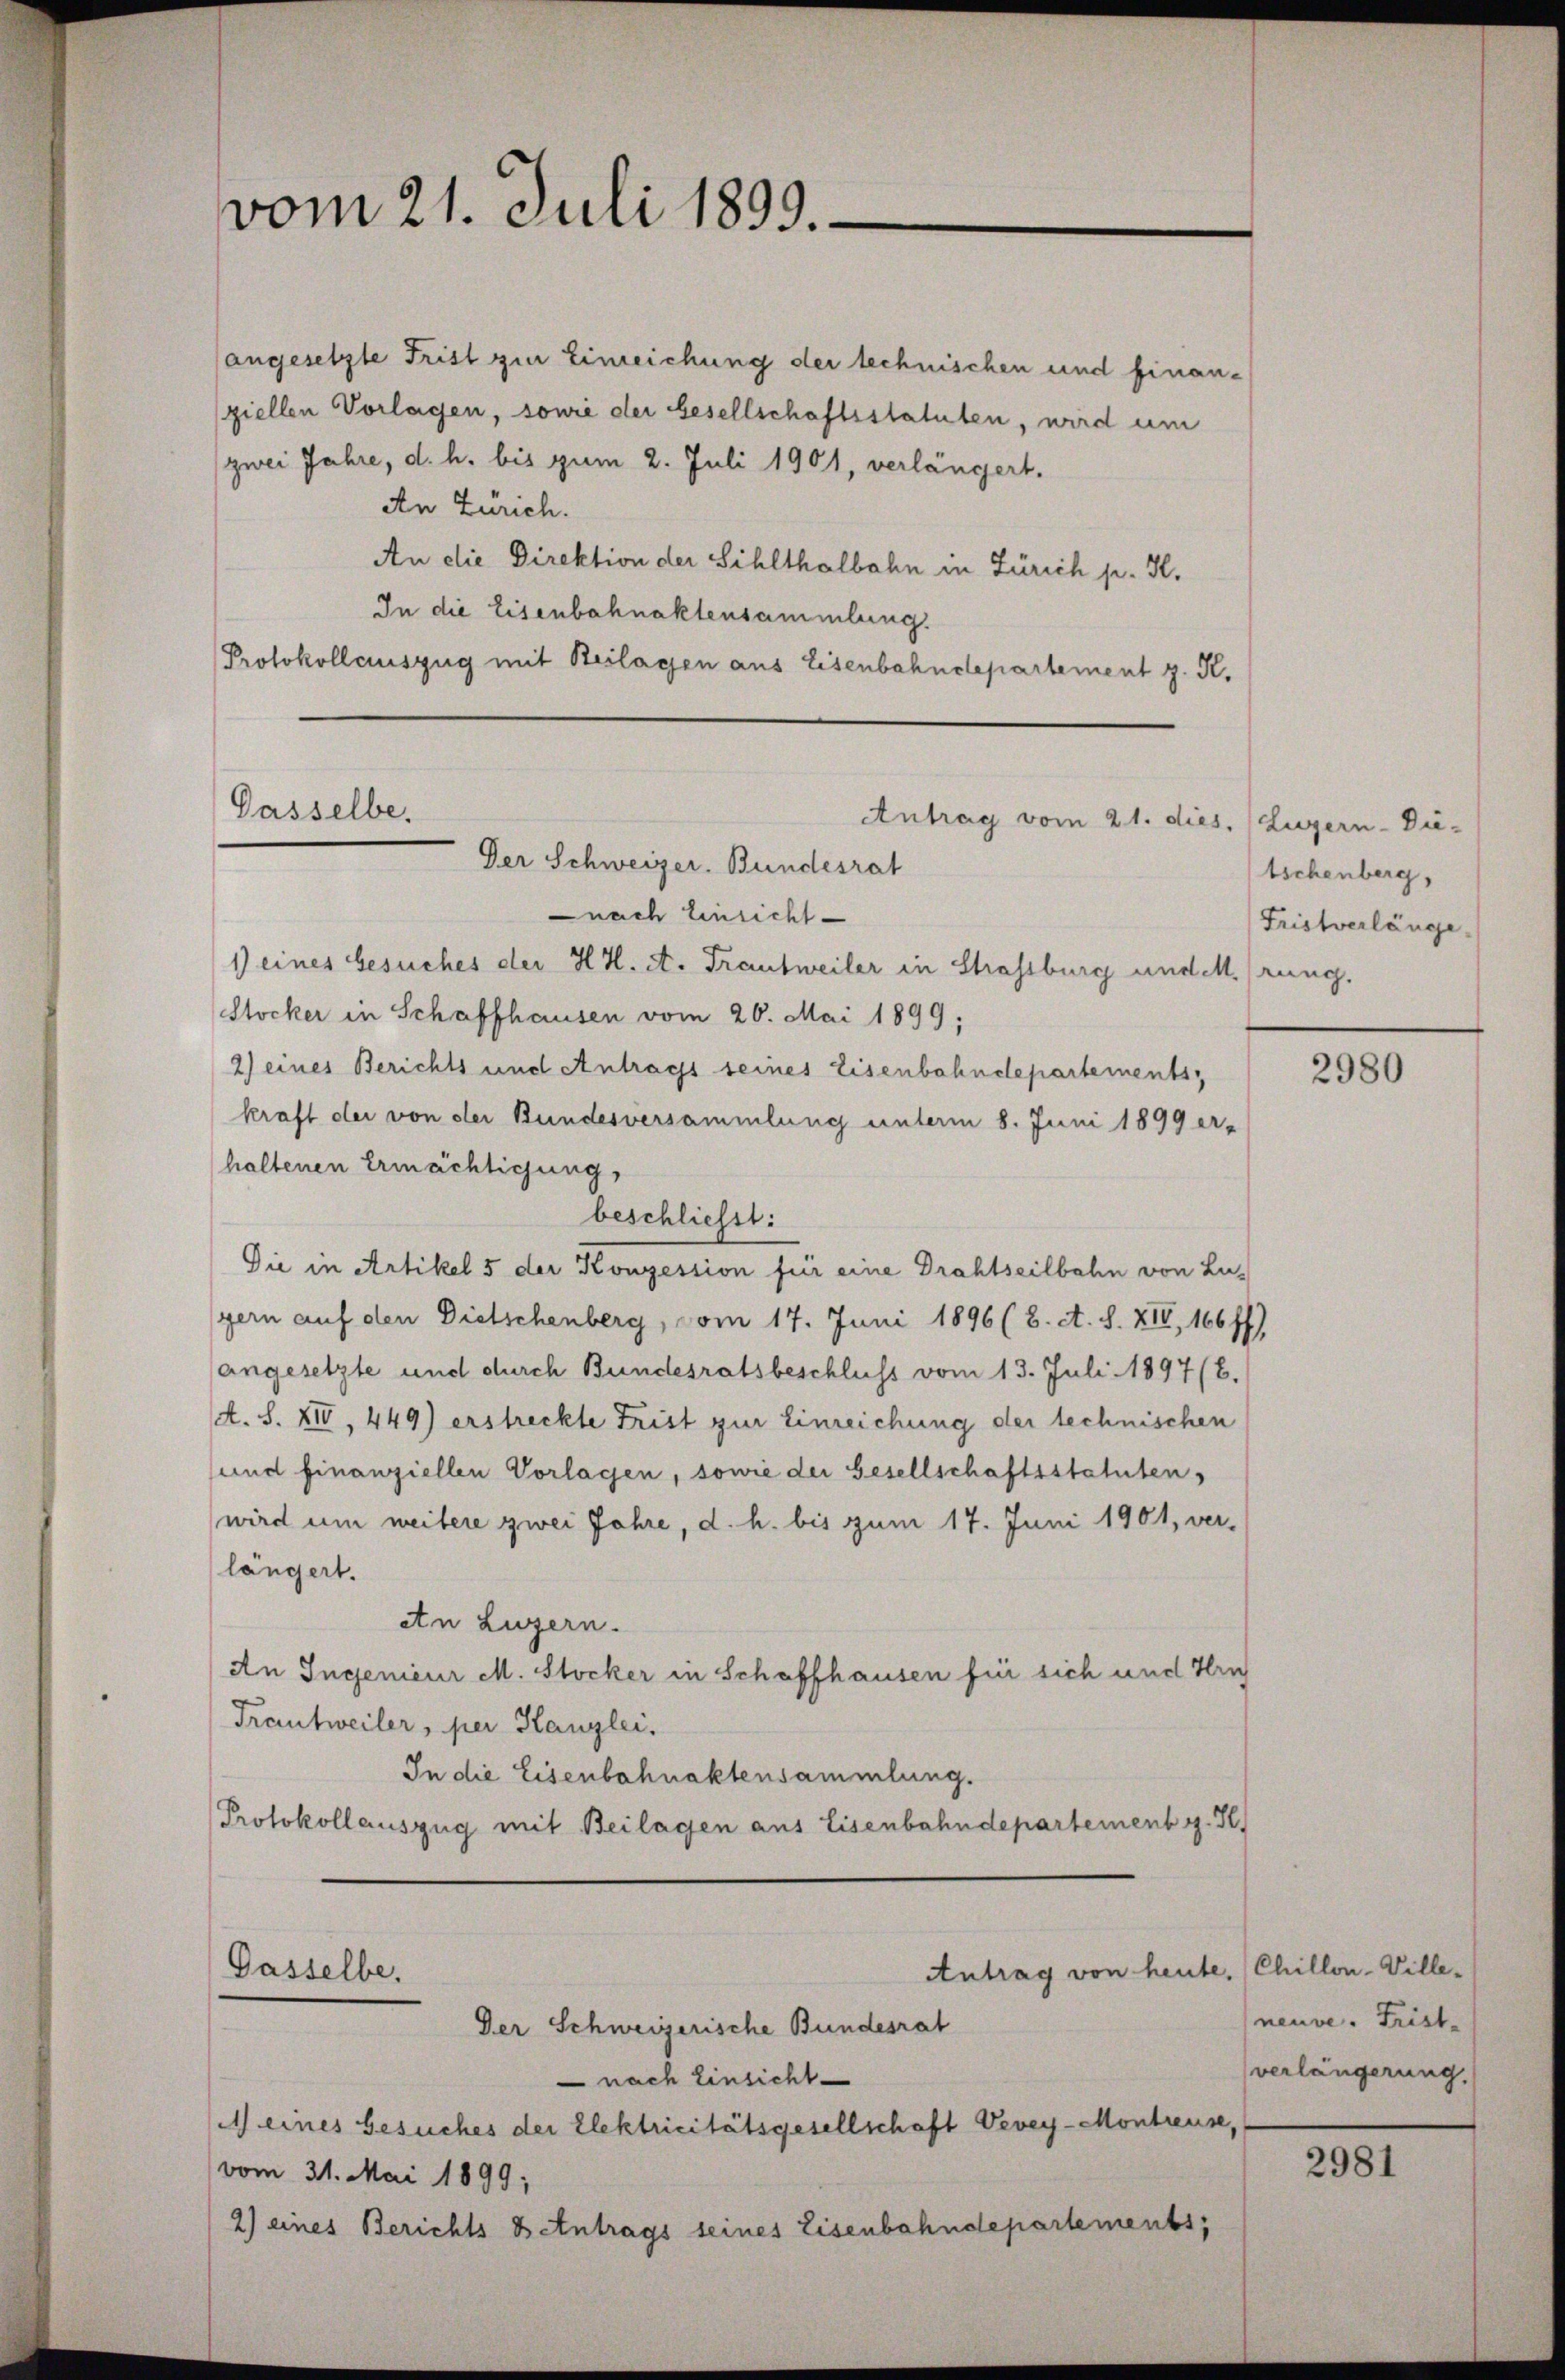
angesetzte Frist zur Einreichung der technischen und finanziellen Vorlagen, sowie der Gesellschaftsstatuten, wird um
zwei Jahre, d. h. bis zum 2. Juli 1901, verlängert.
An Zürich.
An die Direktion der Sihlthalbahn in Zürich p. K.
In die Eisenbahnaktensammlung.
Protokollauszug mit Beilagen aus Eisenbahndepartement z. R.
Gasselbe,

vom 21. Juli 1899.

Der Schweizer. Bundesrat
nach Einsicht
1) eines besuches der H. H. A. Trautweiler in Strassburg und M. (rung.
Stocker in Schaffhausen vom 26. Mai 1899;
2) eines Berichts und Antrags seines Eisenbahndepartements,
kraft der von der Bundesversammlung unterm 8. Juni 1899 er-
haltenen Ermächtigung,
beschliesst:
Die in Artikel 5 der Konzession für eine Drahtseilbahn von Lugern auf den Dietschenberg, vom 17. Juni 1896 (8. A. S. XIV, 166 ff.)
angesetzte und durch Bundesratsbeschluss vom 13. Juli 1897 (B.
A. S. XIV, 449) erstreckte Frist zur Einreichung der technischen
und finanziellen Vorlagen, sowie der Gesellschaftsstatuten,
wird um weitere zwei Jahre, d. h. bis zum 17. Juni 1901, verlängert.
An Luzern.
An Ingenieur M. Stocker in Schaffhausen für sich und Trich
Trautweiler, per Kanzlei.
In die Eisenbahnaktensammlung.
Protokollauszug mit Beilagen aus Eisenbahndepartement g. Se

Antrag von heute, (Chillon-Ville¬
 nach Einsicht
) eines Gesuches der Elektricitätsgesellschaft Vevey-Montreuse,
vom 31. Mai 1899;
2) eines Berichts & Antrags seines Eisenbahndepartements,

Gasselbe,
Der Schweizerische Bundesrat

Antrag vom 21. dies. (Luzern - Die-

tschenberg,
Fristverlänge

2980

neuve. Frist.
verlängerung.

2981